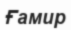
Ғамир